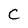
Character: C